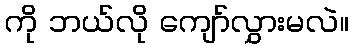
ကို ဘယ်လို ကျော်လွှားမလဲ။